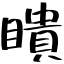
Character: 瞶